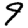
Digit: 9